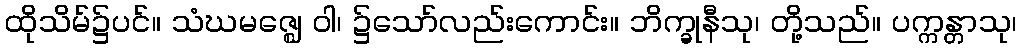
ထိုသိမ်၌ပင်။ သံဃမဇ္ဈေ ဝါ၊ ၌သော်လည်းကောင်း။ ဘိက္ခုနီသု၊ တို့သည်။ ပက္ကန္တာသု၊